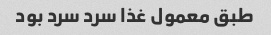
طبق معمول غذا سرد سرد بود